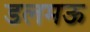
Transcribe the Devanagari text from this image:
डलमऊ